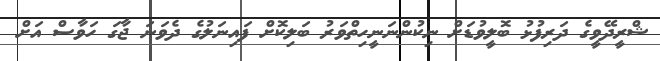
ޝްރީދޭވީގެ ދަރިފުޅު ބޮލީވުޑަށް ނިކުންނަނީހިތްވަރު ބަލިކޮށް ފައިނަލުގެ ދެވަނަ ޖާގަ ހަވާސް އަށް